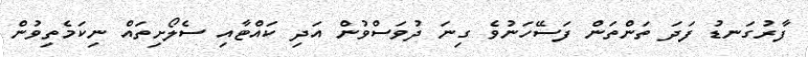
ފާރުގަނޑު ފަދަ ތަންތަން ފަސޭހަނުވެ ގިނަ ދުވަސްވުން އަދި ކައްޓާއި ސެލޯށިތައް ނިކަމެތިވުން